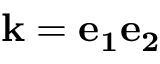
\mathbf { k } = \mathbf { e _ { 1 } } \mathbf { e _ { 2 } }